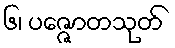
၆၊ ပဇ္ဇောတသုတ်